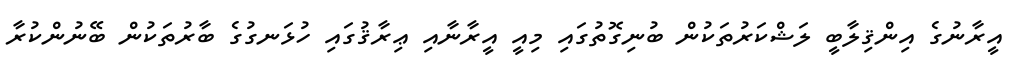
އީރާނުގެ އިންޤިލާބީ ލަޝްކަރުތަކުން ބުނިގޮތުގައި މިއީ އީރާނާއި ޢިރާޤުގައި ހުޅަނގުގެ ބާރުތަކުން ބޭނުންކުރާ